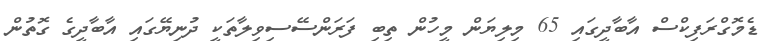
ޑެމޮގްރަފިކްސް އާބާދީގައި 65 މިލިޔަން މީހުން ތިބި ފަރަންސޭސިވިލާތަކީ ދުނިޔޭގައި އާބާދީގެ ގޮތުން